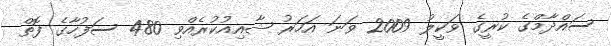
ސައްދާމްގެ ކުރީގެ ވަކީލު 2009 ވަނަ އަހަރު ޝާއިއުކުރެއްވި 480 ސަފުހާގެ ފޮތް